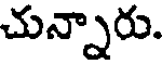
చున్నారు.